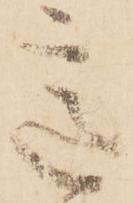
意